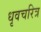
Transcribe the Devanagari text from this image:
धृवचरित्र